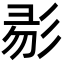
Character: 𢒓